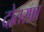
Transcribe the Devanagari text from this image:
दोतरफ़ा